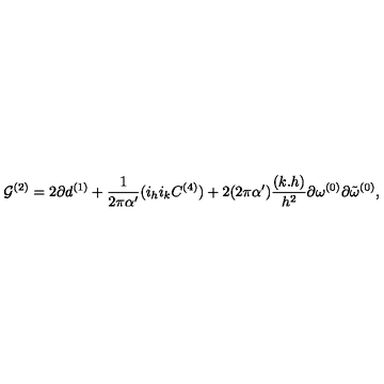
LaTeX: { \cal G } ^ { ( 2 ) } = 2 \partial d ^ { ( 1 ) } + \frac { 1 } { 2 \pi \alpha ^ { \prime } } ( i _ { h } i _ { k } C ^ { ( 4 ) } ) + 2 ( 2 \pi \alpha ^ { \prime } ) \frac { ( k . h ) } { h ^ { 2 } } \partial \omega ^ { ( 0 ) } \partial { \tilde { \omega } } ^ { ( 0 ) } ,